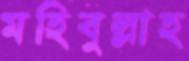
মহিবুল্লাহ